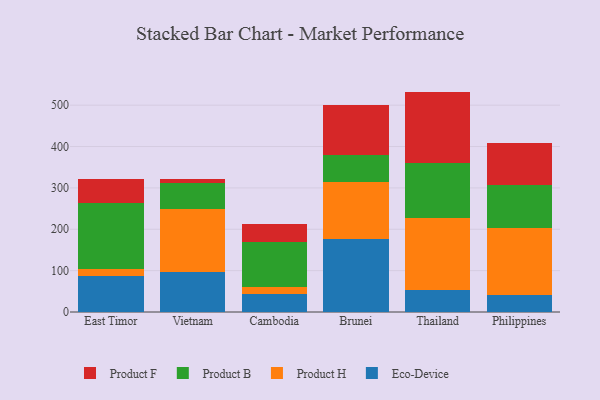
{"axis": {"x": "Country", "y": "Budget (USD K)"}, "legend": ["Eco-Device", "Product B", "Product F", "Product H"], "data": [{"x": "East Timor", "y": 87.1, "type": "Eco-Device"}, {"x": "East Timor", "y": 16.8, "type": "Product H"}, {"x": "East Timor", "y": 159.5, "type": "Product B"}, {"x": "East Timor", "y": 58.1, "type": "Product F"}, {"x": "Vietnam", "y": 96.9, "type": "Eco-Device"}, {"x": "Vietnam", "y": 151.6, "type": "Product H"}, {"x": "Vietnam", "y": 63.9, "type": "Product B"}, {"x": "Vietnam", "y": 9.1, "type": "Product F"}, {"x": "Cambodia", "y": 44.6, "type": "Eco-Device"}, {"x": "Cambodia", "y": 15.6, "type": "Product H"}, {"x": "Cambodia", "y": 108.0, "type": "Product B"}, {"x": "Cambodia", "y": 43.6, "type": "Product F"}, {"x": "Brunei", "y": 176.5, "type": "Eco-Device"}, {"x": "Brunei", "y": 136.9, "type": "Product H"}, {"x": "Brunei", "y": 65.5, "type": "Product B"}, {"x": "Brunei", "y": 122.0, "type": "Product F"}, {"x": "Thailand", "y": 54.3, "type": "Eco-Device"}, {"x": "Thailand", "y": 172.4, "type": "Product H"}, {"x": "Thailand", "y": 134.0, "type": "Product B"}, {"x": "Thailand", "y": 172.1, "type": "Product F"}, {"x": "Philippines", "y": 40.3, "type": "Eco-Device"}, {"x": "Philippines", "y": 162.5, "type": "Product H"}, {"x": "Philippines", "y": 103.3, "type": "Product B"}, {"x": "Philippines", "y": 102.9, "type": "Product F"}]}